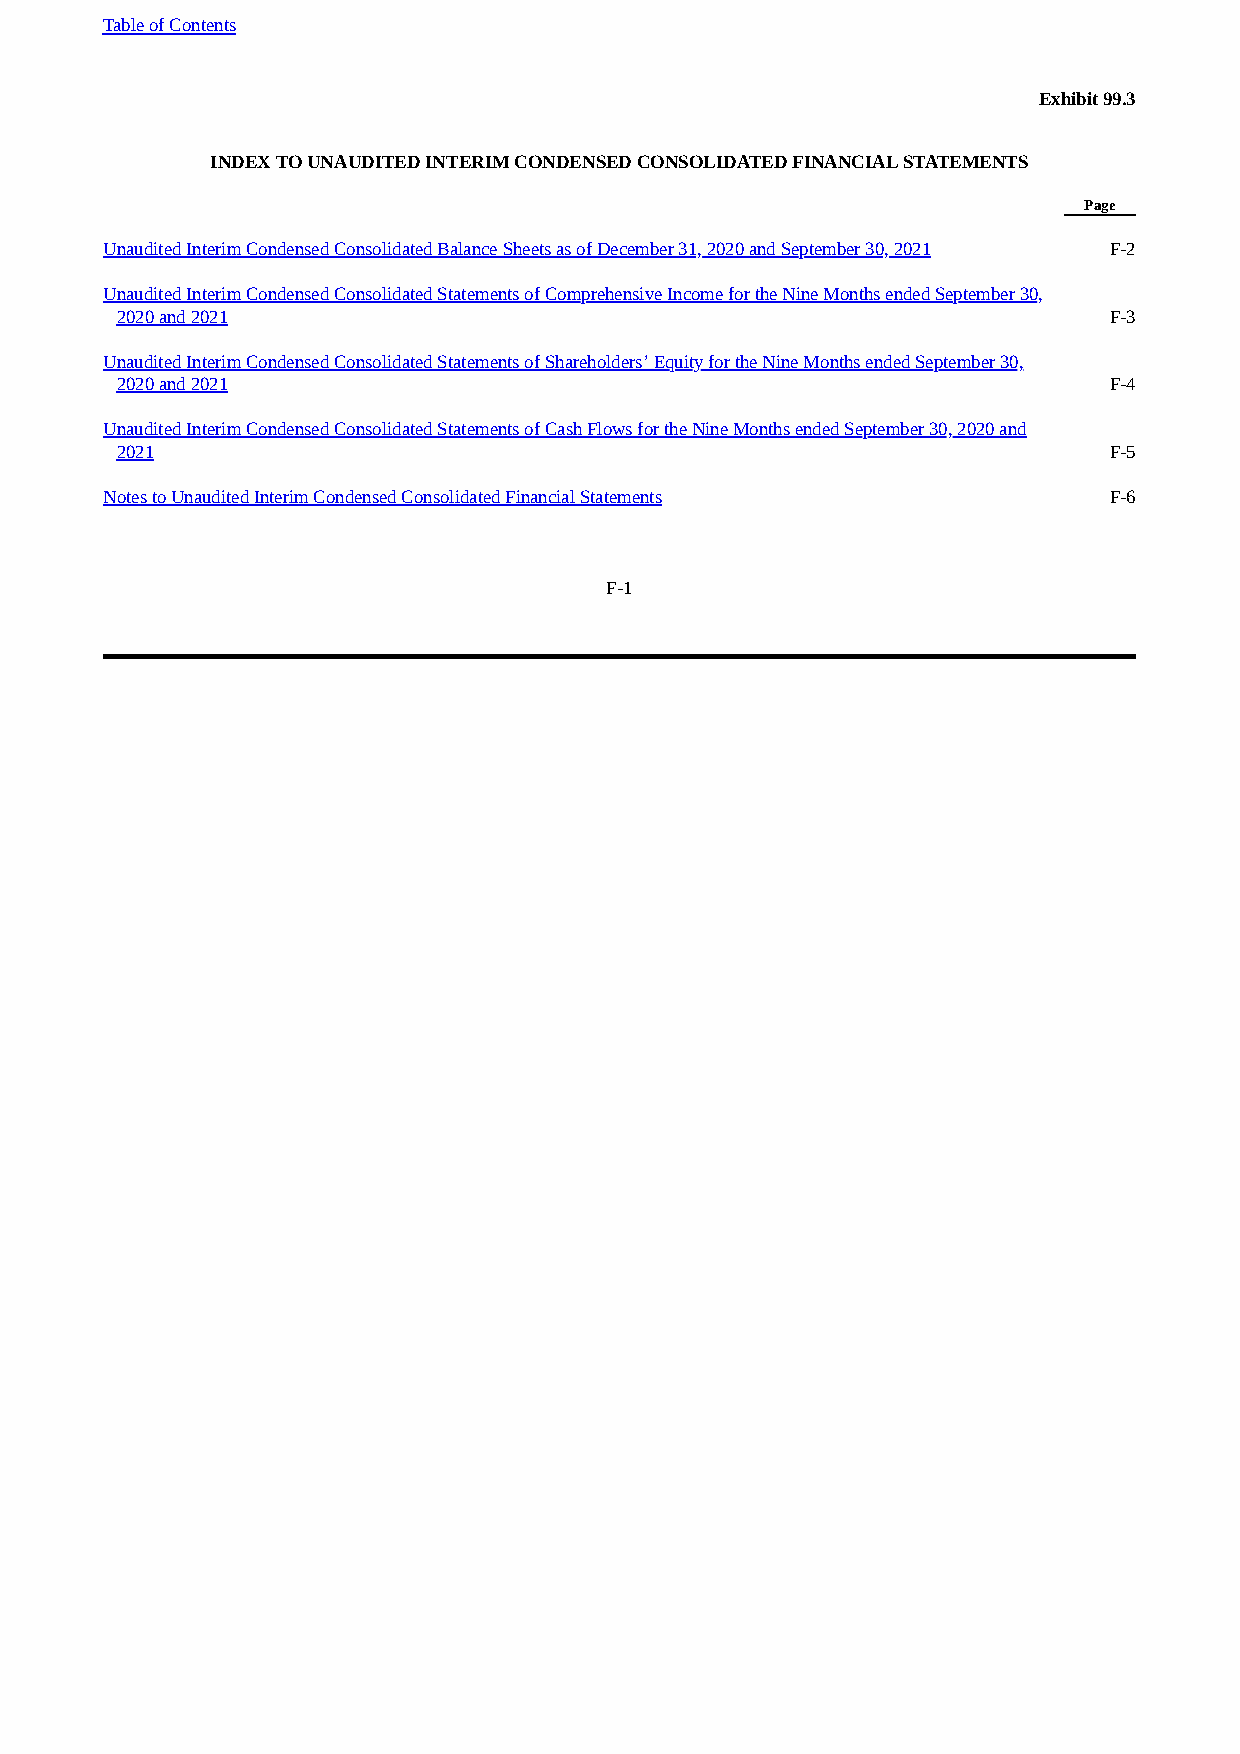
Table of Contents
 Exhibit 99.3
 INDEX TO UNAUDITED INTERIM CONDENSED CONSOLIDATED FINANCIAL STATEMENTS
 Page
 Unaudited Interim Condensed Consolidated Balance Sheets as of December 31, 2020 and September 30, 2021 F-2
 Unaudited Interim Condensed Consolidated Statements of Comprehensive Income for the Nine Months ended September 30,
 2020 and 2021                                                    F-3
 Unaudited Interim Condensed Consolidated Statements of Shareholders’ Equity for the Nine Months ended September 30,
 2020 and 2021                                                    F-4
 Unaudited Interim Condensed Consolidated Statements of Cash Flows for the Nine Months ended September 30, 2020 and
 2021                                                             F-5
 Notes to Unaudited Interim Condensed Consolidated Financial Statements F-6
 F-1